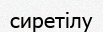
сиретілу